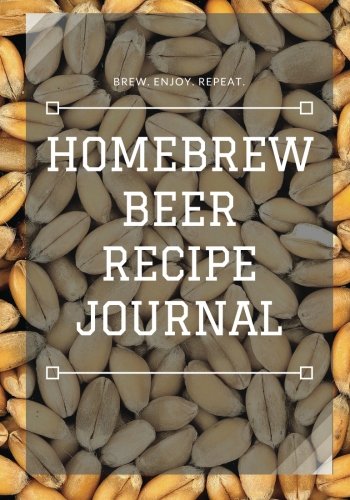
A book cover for Homebrew Beer Recipe Journal; Eric Braun; Cookbooks, Food & Wine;